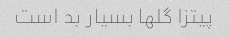
پیتزا گلها بسیار بد است